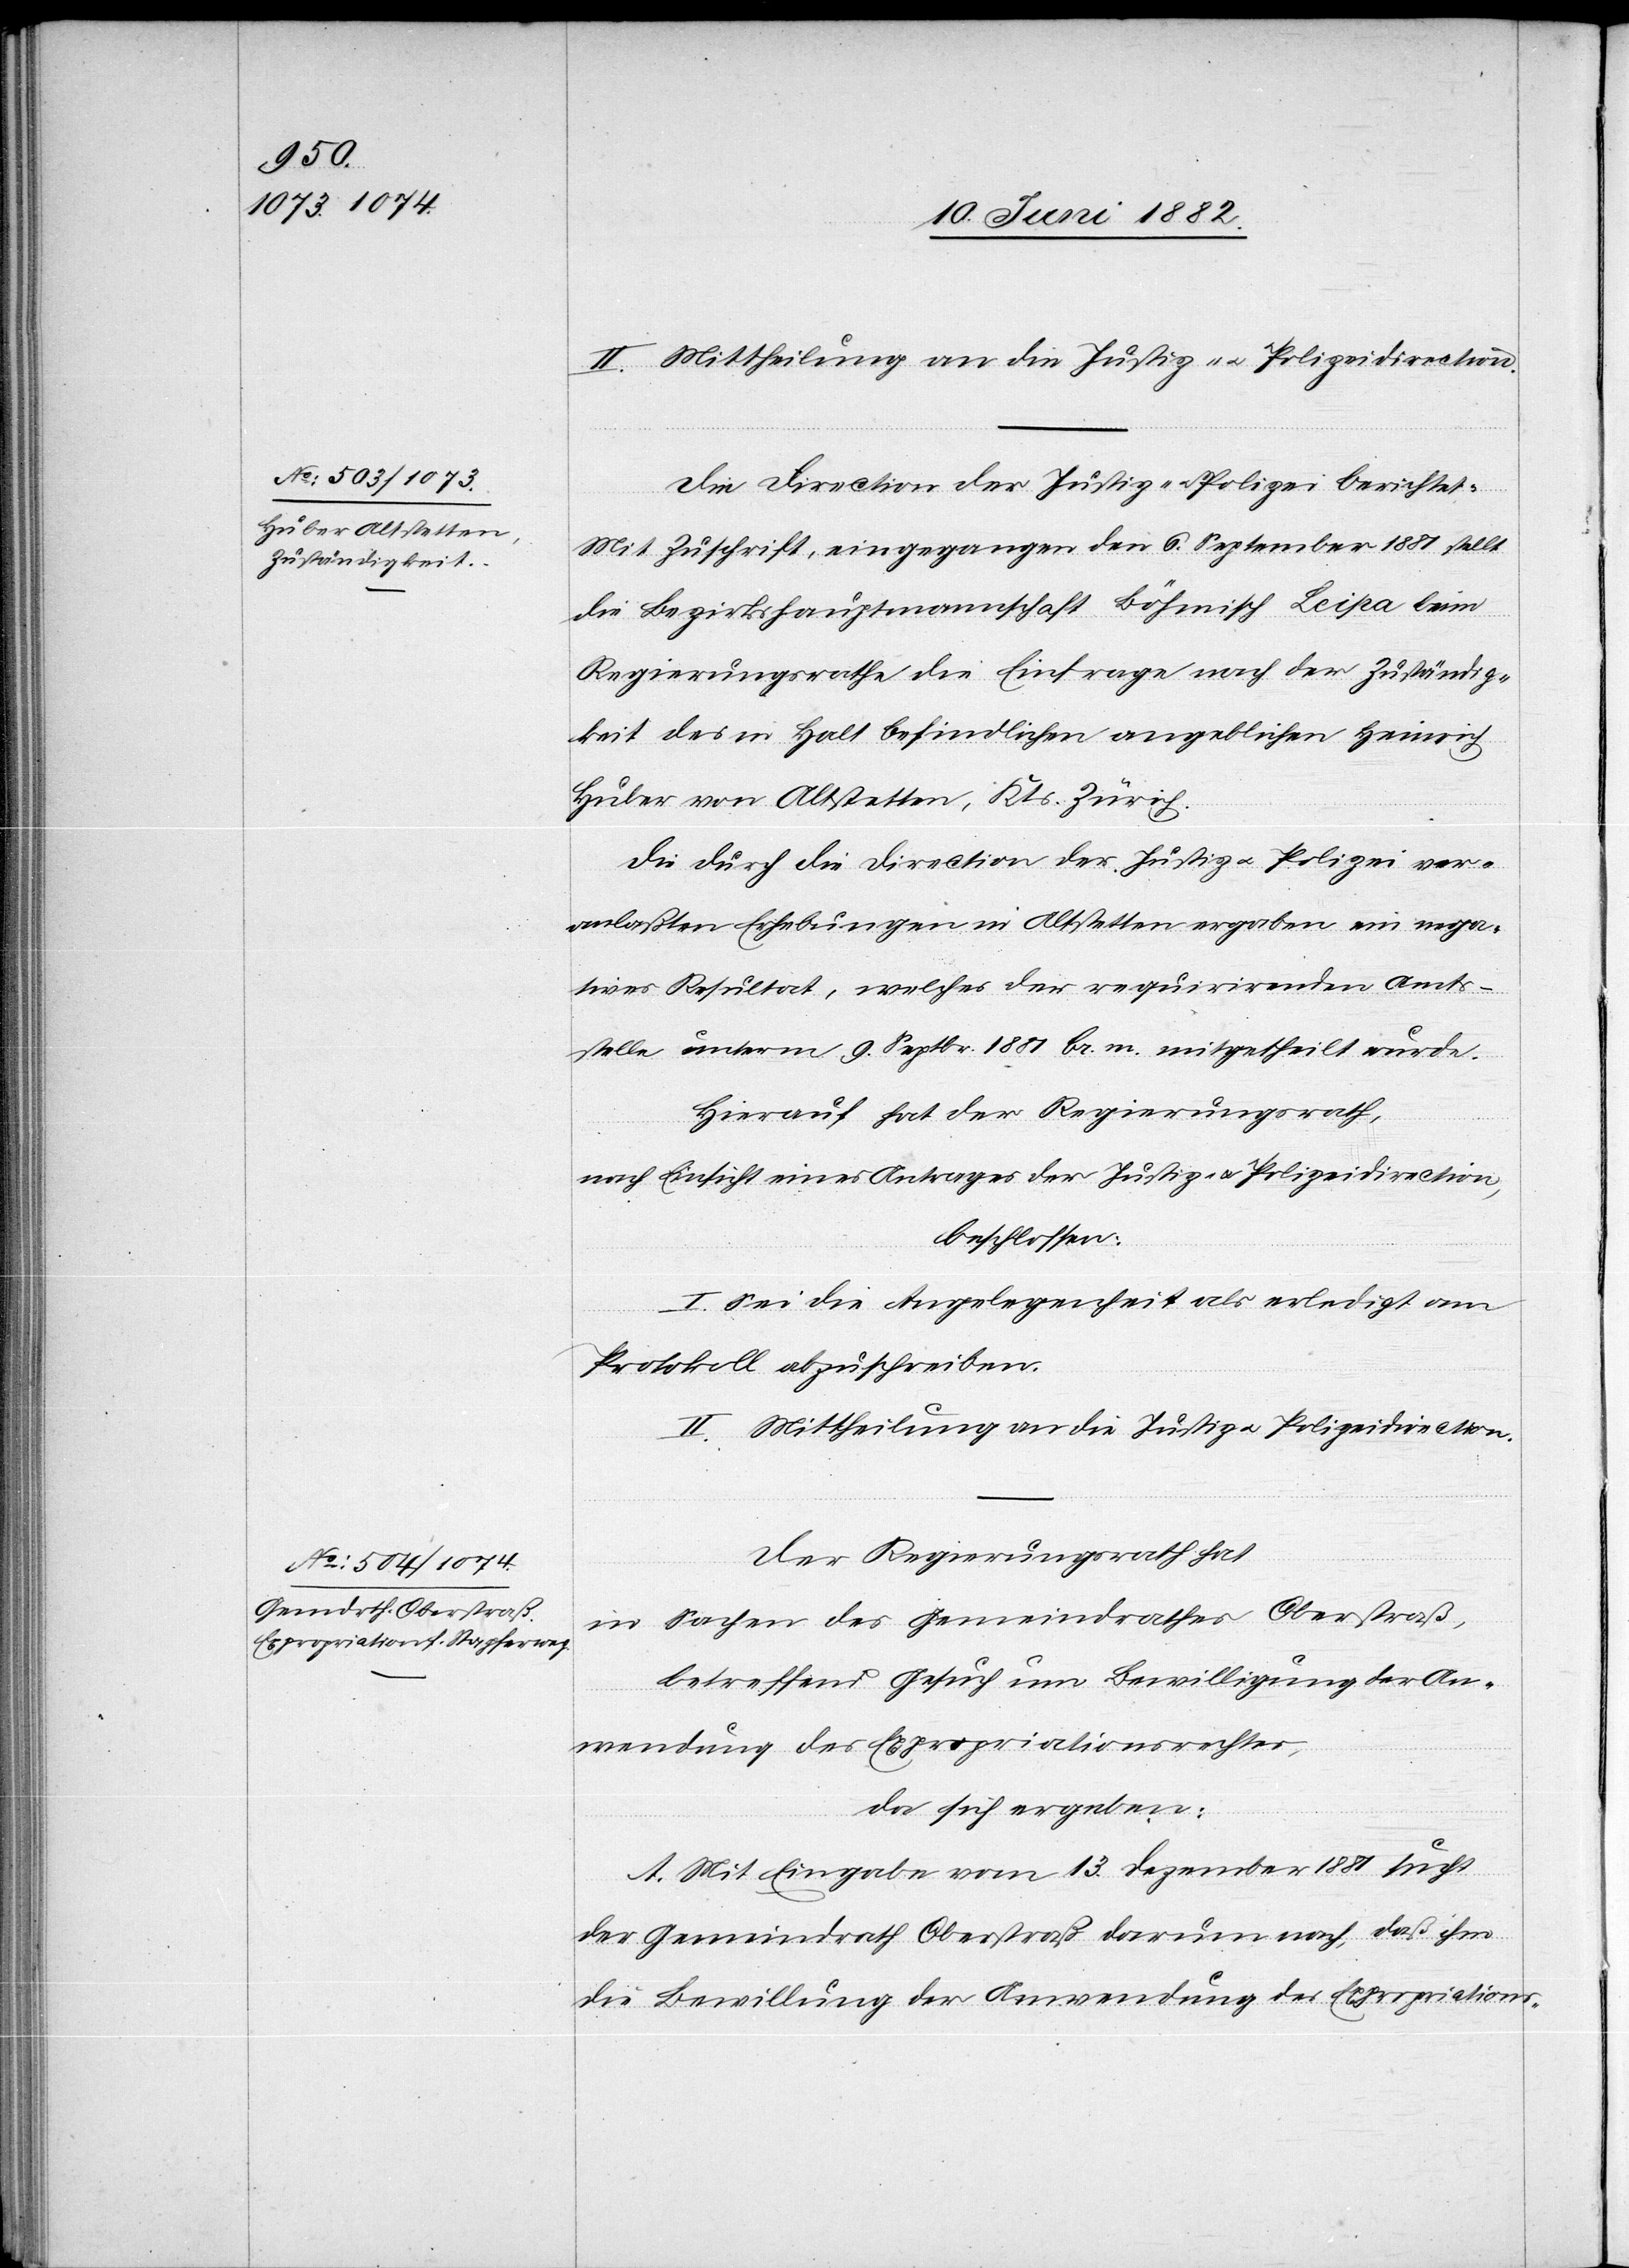
II. Mittheilung an die Justiz[-] u. Polizeidirection.
Die Direction der Justiz- [sic!] u. Polizei berichtet:
Mit Zuschrift, eingegangen den 6. September 1881 stellt
die Bezirkshauptmannschaft Böhmisch Leipa beim
Regierungsrathe die Einfrage nach der Zuständig¬
keit des in Haft befindlichen angeblichen Heinrich
Huber von Altstetten, Kts. Zürich.
Die durch die Direction der Justiz u. Polizei ver¬
anlaßten Erhebungen in Altstetten ergaben ein nega¬
tives Resultat, welches der requirirenden Amts¬
stelle unterm 9. Sept. br. m. mitgetheilt wurde.
Hierauf hat der Regierungsrath,
nach Einsicht eines Antrages der Justiz- u. Polizeidirection,
beschlossen:
I. Sei die Angelegenheit als erledigt am
Protokoll abzuschreiben.
Der Regierungsrath hat,
in Sachen des Gemeindrathes Oberstraß,
betreffend Gesuch um Bewilligung der An¬
wendung des Expropriationsrechtes,
da sich ergeben:
A. Mit Eingabe vom 13. Dezember 1881 sucht
der Gemeindrath Oberstraß darum nach, daß ihm
die Bewilligung der Anwendung des Expropriations-